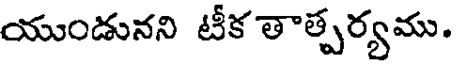
యుండునని టీక తాత్పర్యము.